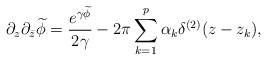
\begin{align*}\partial_z\partial_{\bar z}\widetilde \phi={e^{\gamma\widetilde \phi}\over 2\gamma}-2\pi\sum_{k=1}^p\alpha_k\delta^{(2)}(z-z_k),\end{align*}